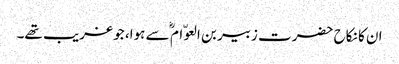
ان کا نکاح حضرت زبیر بن العوّام ؓ سے ہوا، جو غریب تھے۔